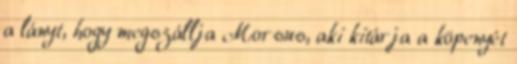
a lányt, hogy megszállja Morsus, aki kitárja a köpenyét